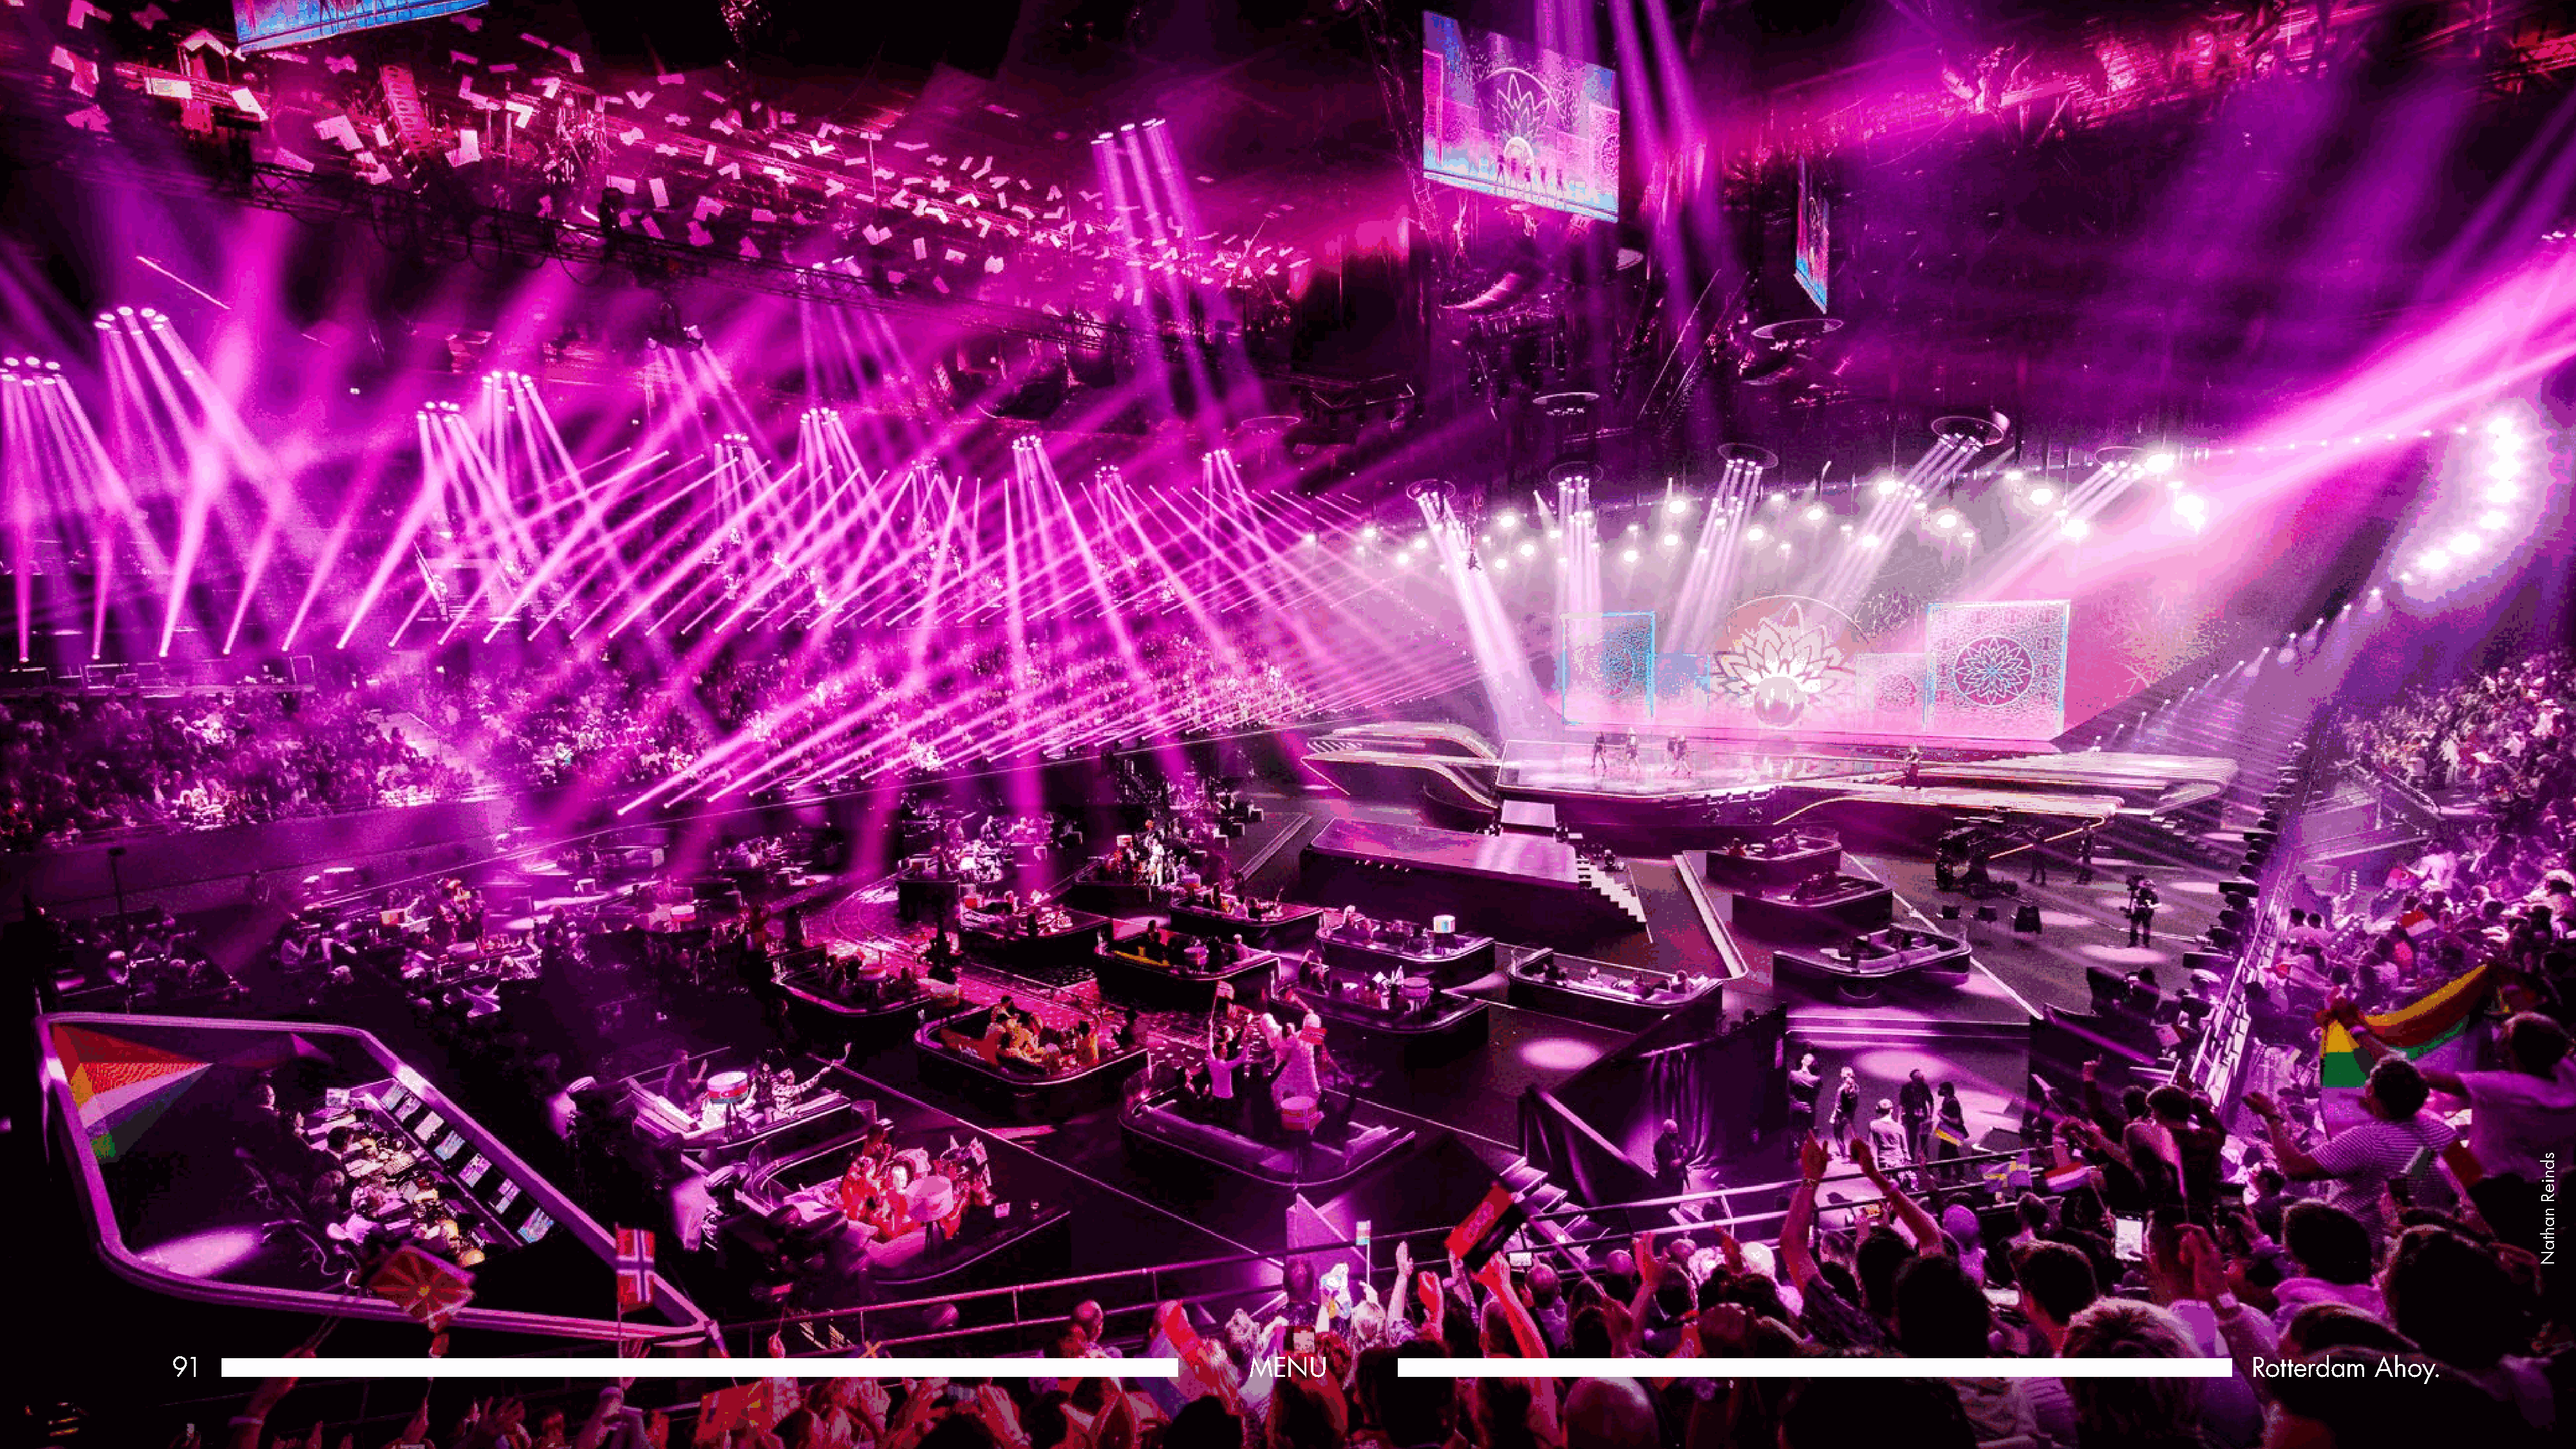
91                                                                                                            MENU                                                                                                    Rotterdam   Ahoy.
 sdnieR
 nahtaN